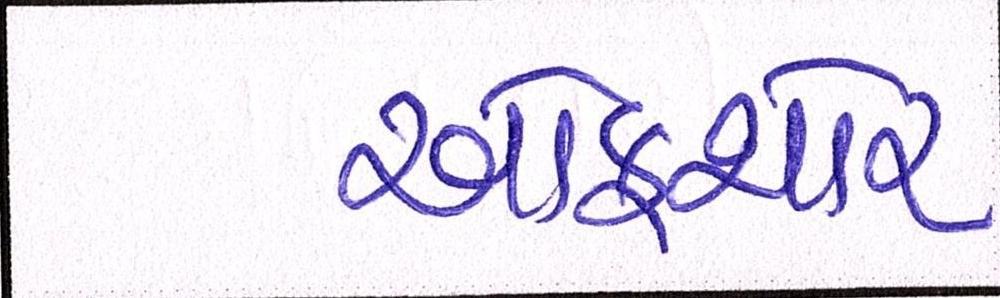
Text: ઓફશોર